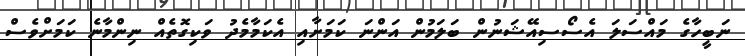
ނަބީހާގެ މައްސަލަ އެސޯސިއޭޝަނުން ބަލަމުން އަންނަ ކަމަށާއި އެކަމާމެދު ވަކިގޮތެއް ނިންމާނެ ކަމަށްވެސް